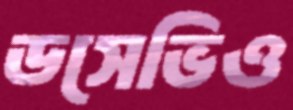
ডসেভিও